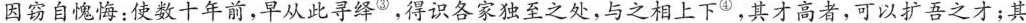
因窃自愧悔：使数十年前，早从此寻^{2}，得识各家独至之处，与之相上下④，其才高者，可以扩吾之才；其